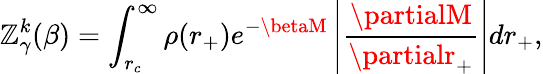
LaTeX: \mathbb{Z}_{\gamma}^{k}(\beta)=\int_{r_{c}}^{\infty}\rho(r_{+})e^{-\betaM}\left|\frac{{\partialM}}{{\partialr_{+}}}\right|dr_{+},